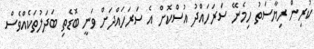
ކުރިން ރިޔާސަތު ހިމެނޭ ސަރަހައްދު އުސްކޮށް އެ ސަރަހައްދަށް ވަނީ ބޮޑެތި ބަދަލުތަކެއްވެސް